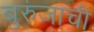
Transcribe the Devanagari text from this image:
बुरुंजाची